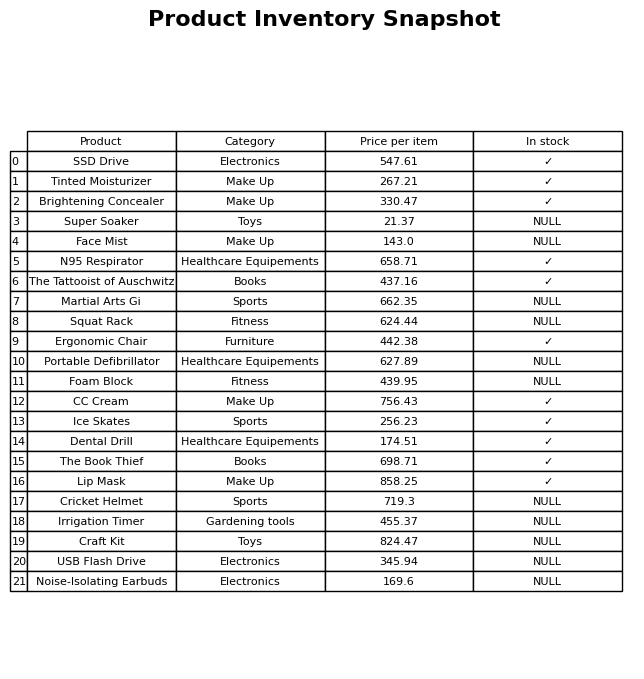
question: What is the price for Ice Skates?
answer: The price of Ice Skates is 256.23.